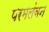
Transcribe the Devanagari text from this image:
परमलंबन